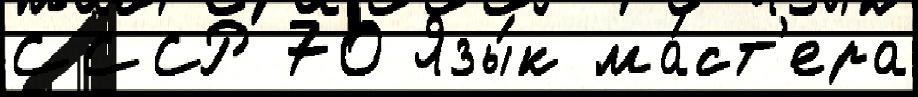
СССР 70 Язы́к ма́ст'ера